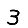
Digit: 3